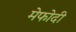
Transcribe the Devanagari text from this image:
मेफोदी